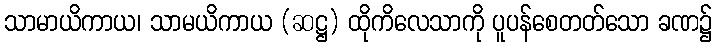
သာမာယိကာယ၊ သာမယိကာယ (ဆဋ္ဌ) ထိုကိလေသာကို ပူပန်စေတတ်သော ခဏ၌